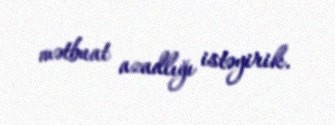
mətbuat azadlığı istəyirik.